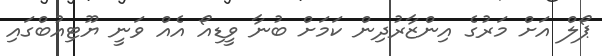
ޕޯލް އަށް މަރުގެ އިންޒާރުދިން ކަމަށް ބުނާ ވީޑިއޯ އެއް ވަނީ ޔޫޓިއުބްގައި